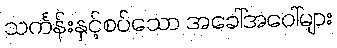
သင်္ကန်းနှင့်စပ်သော အခေါ်အဝေါ်များ